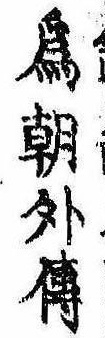
為朝外伝